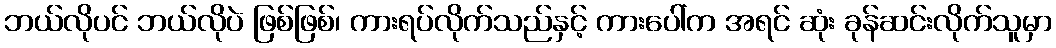
ဘယ်လိုပင် ဘယ်လိုပဲ ဖြစ်ဖြစ်၊ ကားရပ်လိုက်သည်နှင့် ကားပေါ်က အရင် ဆုံး ခုန်ဆင်းလိုက်သူမှာ